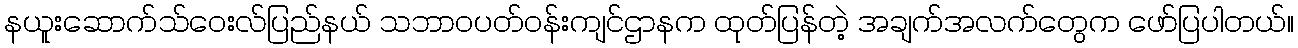
နယူးဆောက်သ်ဝေးလ်ပြည်နယ် သဘာဝပတ်ဝန်းကျင်ဌာနက ထုတ်ပြန်တဲ့ အချက်အလက်တွေက ဖော်ပြပါတယ်။